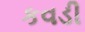
કવડી